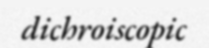
dichroiscopic